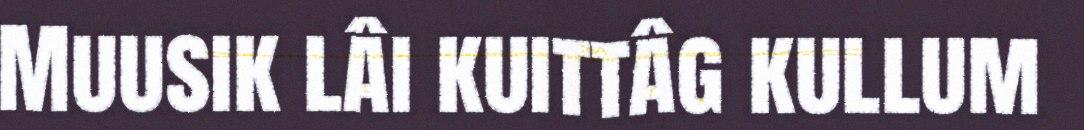
Muusik lâi kuittâg kullum